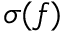
\sigma ( f )